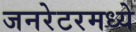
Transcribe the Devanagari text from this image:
जनरेटरमध्ये